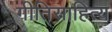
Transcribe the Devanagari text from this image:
गीतिसाहित्य